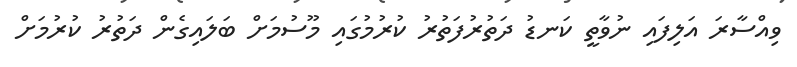
ވިއްސާރަ އަލިފައި ނުވާތީ ކަނޑު ދަތުރުފަތުރު ކުރުމުގައި މޫސުމަށް ބަލައިގެން ދަތުރު ކުރުމަށް